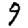
Digit: 9